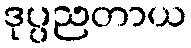
ဒုပ္ပညတာယ